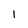
Character: 1